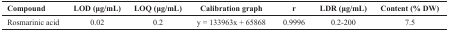
| Compound | LOD (μg/mL) | LOQ (μg/mL) | Calibration graph | r | LDR (μg/mL) | Content (% DW) |
 | --- | --- | --- | --- | --- | --- | --- |
 | Rosmarinic acid | 0.02 | 0.2 | y = 133963x + 65868 | 0.9996 | 0.2-200 | 7.5 |